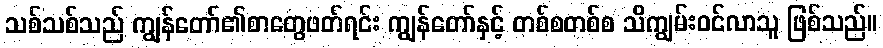
သစ်သစ်သည် ကျွန်တော်၏စာတွေဖတ်ရင်း ကျွန်တော်နှင့် တစ်စတစ်စ သိကျွမ်းဝင်လာသူ ဖြစ်သည်။